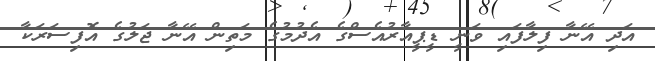
އަދި އޭނާ ފިލާފައި ވަނީ ޑީޕީއާރުއެސްގެ އެދުމުގެ މަތިން އޭނާ ޖަލުގެ އޮފިސަރަކާ